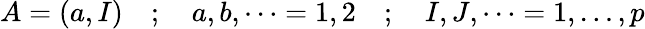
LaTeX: A=(a,I)\quad;\quad a,b,\dots=1,2\quad;\quad I,J,\dots=1,\dots,p